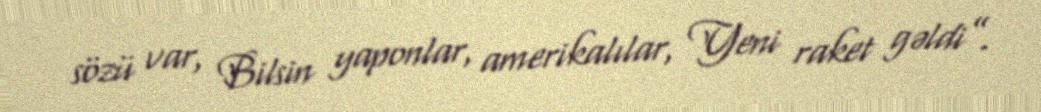
sözü var, Bilsin yaponlar, amerikalılar, Yeni raket gəldi”.